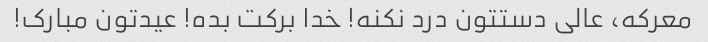
معرکه، عالی دستتون درد نکنه! خدا برکت بده! عیدتون مبارک!